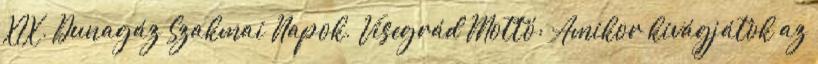
XIX. Dunagáz Szakmai Napok, Visegrád Mottó: Amikor kivágjátok az